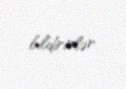
bildirirlər.